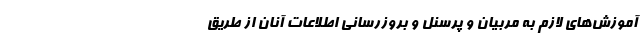
آموزش‌های لازم به مربیان و پرسنل و بروزرسانی اطلاعات آنان از طریق